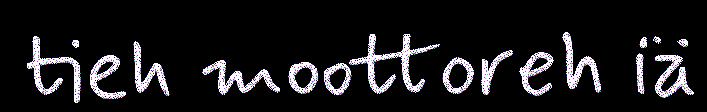
tieh moottoreh iä